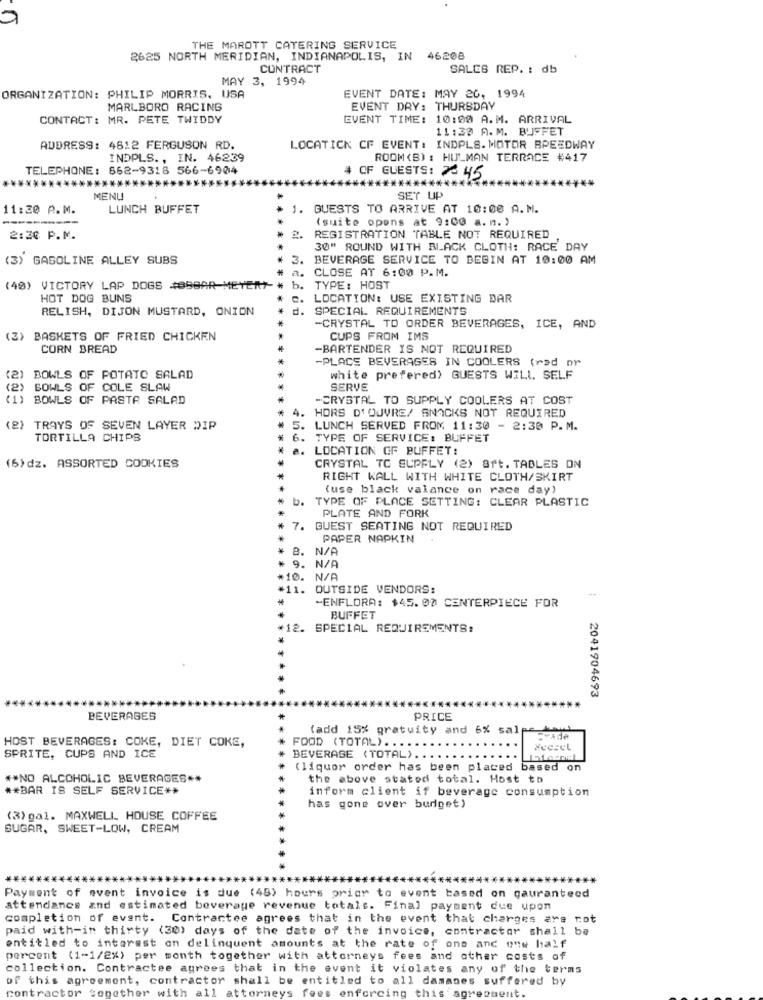
THE MAROTT CATERING SERVICE
2625 NORTH MERIDIAN, INDIANAPOLIS, IN 46208
CONTRACT
SALES REP. : db
MAY 3, 1994
ORGANIZATION: PHILIP MORRIS, USA
EVENT DATE: MAY 20, 1994
MARLBORO RACING
EVENT DAY: THURSDAY
CONTACT: MR. PETE TWIDDY
EVENT TIME: 10:00 A.M. ARRIVAL
11:39 A.M. BUFFET
ADDRESS: 4612 FERGUSON RD.
LOCATICK CF EVENT: INDPLS. MOTOR SPEEDWAY
INDPLS ., IN. 46239
ROOM (S) : HULMAN TERRACE #417
TELEPHONE: 662-9318 566-6904
# OF GUESTS: 26 45
********
MENU
SET UP
11:30 P.M.
LUNCH BUFFET
1. GUESTS TO ARRIVE AT 10:00 A.M.
----
(suite opens at 9:00 a. m. )
2:30 P.M.
2.
REGISTRATION TABLE NOT REQUIRED
30" ROUND WITH BLACK CLOTH: RACE DAY
(3) GASOLINE ALLEY SUBS
3.
BEVERAGE SERVICE TO DEBIN AT 10:00 AM
CLOSE AT 6:00 P.M.
(40) VICTORY LAP DOGS #89BAR METEM
b.
TYPE: HOST
HOT DOG BUNS
LOCATION: USE EXISTING DAR
RELISH, DIJON MUSTARD, ONION
SPECIAL REQUIREMENTS
-CRYSTAL TO ORDER BEVERAGES, ICE, AND
(3) BASKETS OF FRIED CHICKEN
CUPS FROM IMS
CORN BREAD
-BARTENDER IS NOT REQUIRED
-PLACE BEVERAGES IN COOLERS (red or
(2) BOWLS OF POTATO SALAD
white prefered) GUESTS WILL, SELF
(2) BOWLS OF COLE SLAW
SERVE
) BOWLS OF PASTA SALAD
-CRYSTAL TO SUPPLY COOLERS AT COST
4.
HORS D'OUVRE/ SNACKS NOT REQUIRED
(2) TRAYS OF SEVEN LAYER DIP
5. LUNCH SERVED FROM 11:30 - 2:30 P. M.
TORTILLA CHIPS
6. TYPE OF SERVICE: BUFFET
a. LOCATION OF BUFFET:
(6)dz. ASSORTED COOKIES
CRYSTAL TO SUPPLY (2) 8ft. TABLES ON
RIGHT KALL WITH WHITE CLOTH/SKIRT
(use black valance on race day)
b.
TYPE OF PLACE SETTING: CLEAR PLASTIC
PLATE AND FORK
7. GUEST SEATING NOT REQUIRED
PAPER NAPKIN
8.
9. N/A
+10.
#11.
OUTSIDE VENDORS:
-ENFLORA: $45. 00 CENTERPIECE FOR
BUFFET
*12. SPECIAL REQUIREMENTS:
2041904693
BEVERAGES
PRICE
(add 15% gratuity and 6% salpebd
HOST BEVERAGES: COKE, DIET COKE,
FOOD (TOTAL) ..
Tvade
Heesel
SPRITE, CUPS AND ICE
BEVERAGE (TOTAL) ...
(liquor order has been placed based o
** NO ALCOHOLIC BEVERAGES **
the above stated total. Host to
** BAR IS SELF SERVICE **
inform client if beverage consumption
has gone over budget)
(3) gal. MAXWELL HOUSE COFFEE
SUGAR, SWEET-LOW, CREAM
******
Payment of event invoice is due (45) hours prior to event based on gauranteed
attendanes and estimated beverage revenue totals. Final payment due upon
completion of event. Contractee agrees that in the event that charges are not
paid with-in thirty (30) days of the date of the invoice, contractor shall be
entitled to interest on delinquent amounts at the rate of one and one half
percent (1-1/2%) per month together with attorneys fees and other costs of
collection. Contractee agrees that in the event it violates any of the terms
of this agreement, contractor shall be entitled to all damanes suffered by
contractor together with all
torneys fees enforcing this agreement.